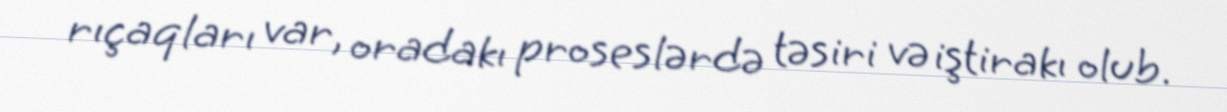
rıçaqları var, oradakı proseslərdə təsiri və iştirakı olub.